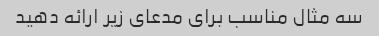
سه مثال مناسب برای مدعای زیر ارائه دهید